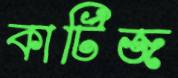
কার্টিজ